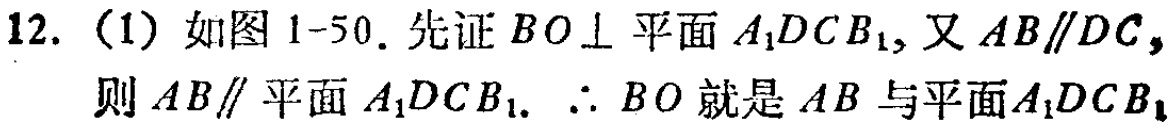
12. (1) 如图1-50. 先证 \(BO\perp\) 平面 \(A_{1}DCB_{1}\), 又 \(AB\parallel DC\), 则 \(AB\parallel\) 平面 \(A_{1}DCB_{1}\). \(\therefore BO\) 就是 \(AB\) 与平面 \(A_{1}DCB_{1}\)